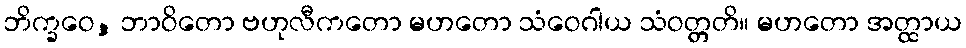
ဘိက္ခဝေ, ဘာဝိတော ဗဟုလီကတော မဟတော သံဝေဂါယ သံဝတ္တတိ။ မဟတော အတ္ထာယ